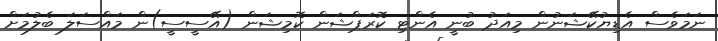
ނަމަވެސް އެޑިޔުކޭޝަނުން މިއަދު ބުނީ އެންޓި ކޮރަޕްޝަން ކޮމިޝަން (އޭސީސީ)ން މައްސަލަ ބެލުމަށް